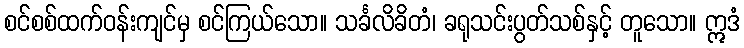
စင်စစ်ထက်ဝန်းကျင်မှ စင်ကြယ်သော။ သင်္ခလိခိတံ၊ ခရုသင်းပွတ်သစ်နှင့် တူသော။ ဣဒံ